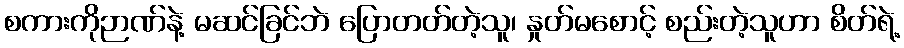
စကားကိုဉာဏ်နဲ့ မဆင်ခြင်ဘဲ ပြောတတ်တဲ့သူ၊ နှုတ်မစောင့် စည်းတဲ့သူဟာ စိတ်ရဲ့